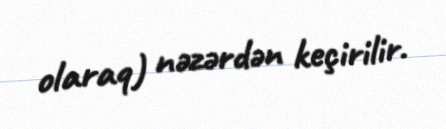
olaraq) nəzərdən keçirilir.